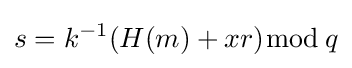
s=k^{-1}(H(m)+xr){\bmod {\,}}q